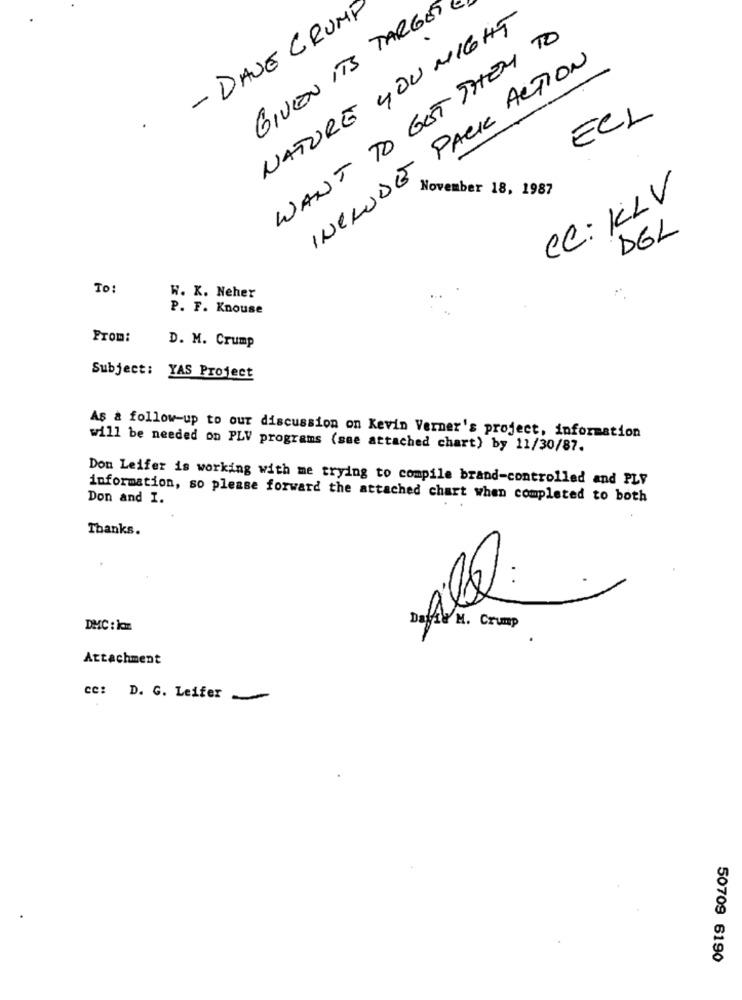
- DAVE CRUMP
GIVEN ITS TARGET
NATURE YOU MIGHT
WANT TO GET THEM TO
INCLUDE PACK ACTION
ECL
November 18, 1987
CC: KLV
DEL
To:
W. K. Neher
P. F. Knouse
From:
D. M. Crump
Subject: YAS Project
As a follow-up to our discussion on Kevin Verner's project, information
will be needed on PLV programs (see attached chart) by 11/30/87.
Don Leifer is working with me trying to compile brand-controlled and PLV
Don and I.
information, so please forward the attached chart when completed to both
Thanks.
All:
DMC : lon
VM. Crump
Attachment
cc: D. G. Leifer
50709 6190